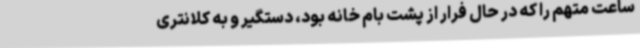
ساعت متهم را که در حال فرار از پشت بام خانه بود، دستگیر و به کلانتری